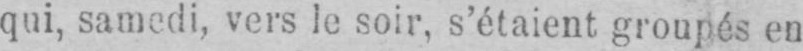
qui, samedi, vers le soir, s’étaient groupés en